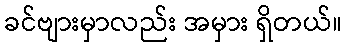
ခင်ဗျားမှာလည်း အမှား ရှိတယ်။